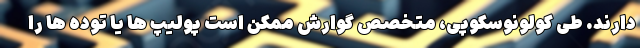
دارند. طی کولونوسکوپی، متخصص گوارش ممکن است پولیپ ها یا توده ها را